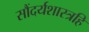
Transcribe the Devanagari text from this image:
सौंदर्यशास्त्रहि